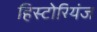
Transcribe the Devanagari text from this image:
हिस्टोरियंज